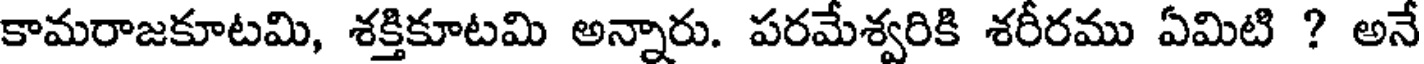
కామరాజకూటమి, శక్తికూటమి అన్నారు. పరమేశ్వరికి శరీరము ఏమిటి ? అనే